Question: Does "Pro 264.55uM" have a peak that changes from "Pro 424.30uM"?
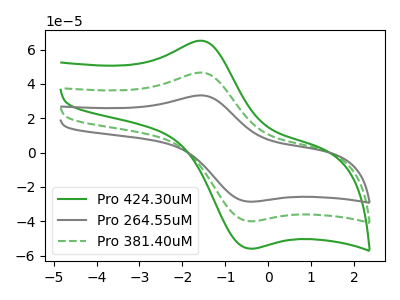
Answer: <think>The green curve "Pro 424.30uM" has an anodic peak at (-1.55V, 93.30uA) and a cathodic peak at (-0.45V, -79.95uA). The gray curve "Pro 264.55uM" has an anodic peak at (-1.55V, 33.35uA) and a cathodic peak at (-0.45V, -28.60uA). The green dashed curve "Pro 381.40uM" has an anodic peak at (-1.55V, 46.65uA) and a cathodic peak at (-0.45V, -39.95uA).
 All the peaks in "Pro 264.55uM" have a peak in "Pro 424.30uM" at the same potential. Every peak in "Pro 264.55uM" is lower than every peak in "Pro 424.30uM".</think>
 <answer>No, "Pro 264.55uM" and "Pro 424.30uM" don't appear to be significantly different in shape</answer>
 <eval>no_change</eval>